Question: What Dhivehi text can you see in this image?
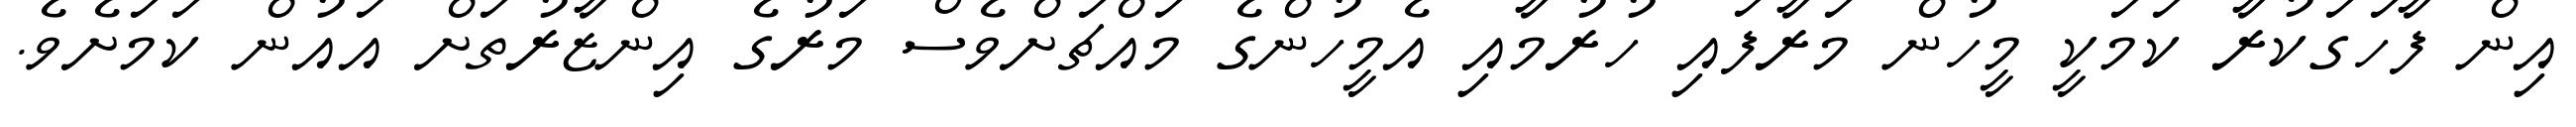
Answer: އިން ފާހަގަކުރާ ކަމަކީ މީހުން މަރާފައި ހުރުމާއި އެމީހުންގެ މައްޗަށްވެސް މަރުގެ އިންޒާރުތަށް އައުން ކަމަށެވެ.